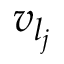
v _ { l _ { j } }